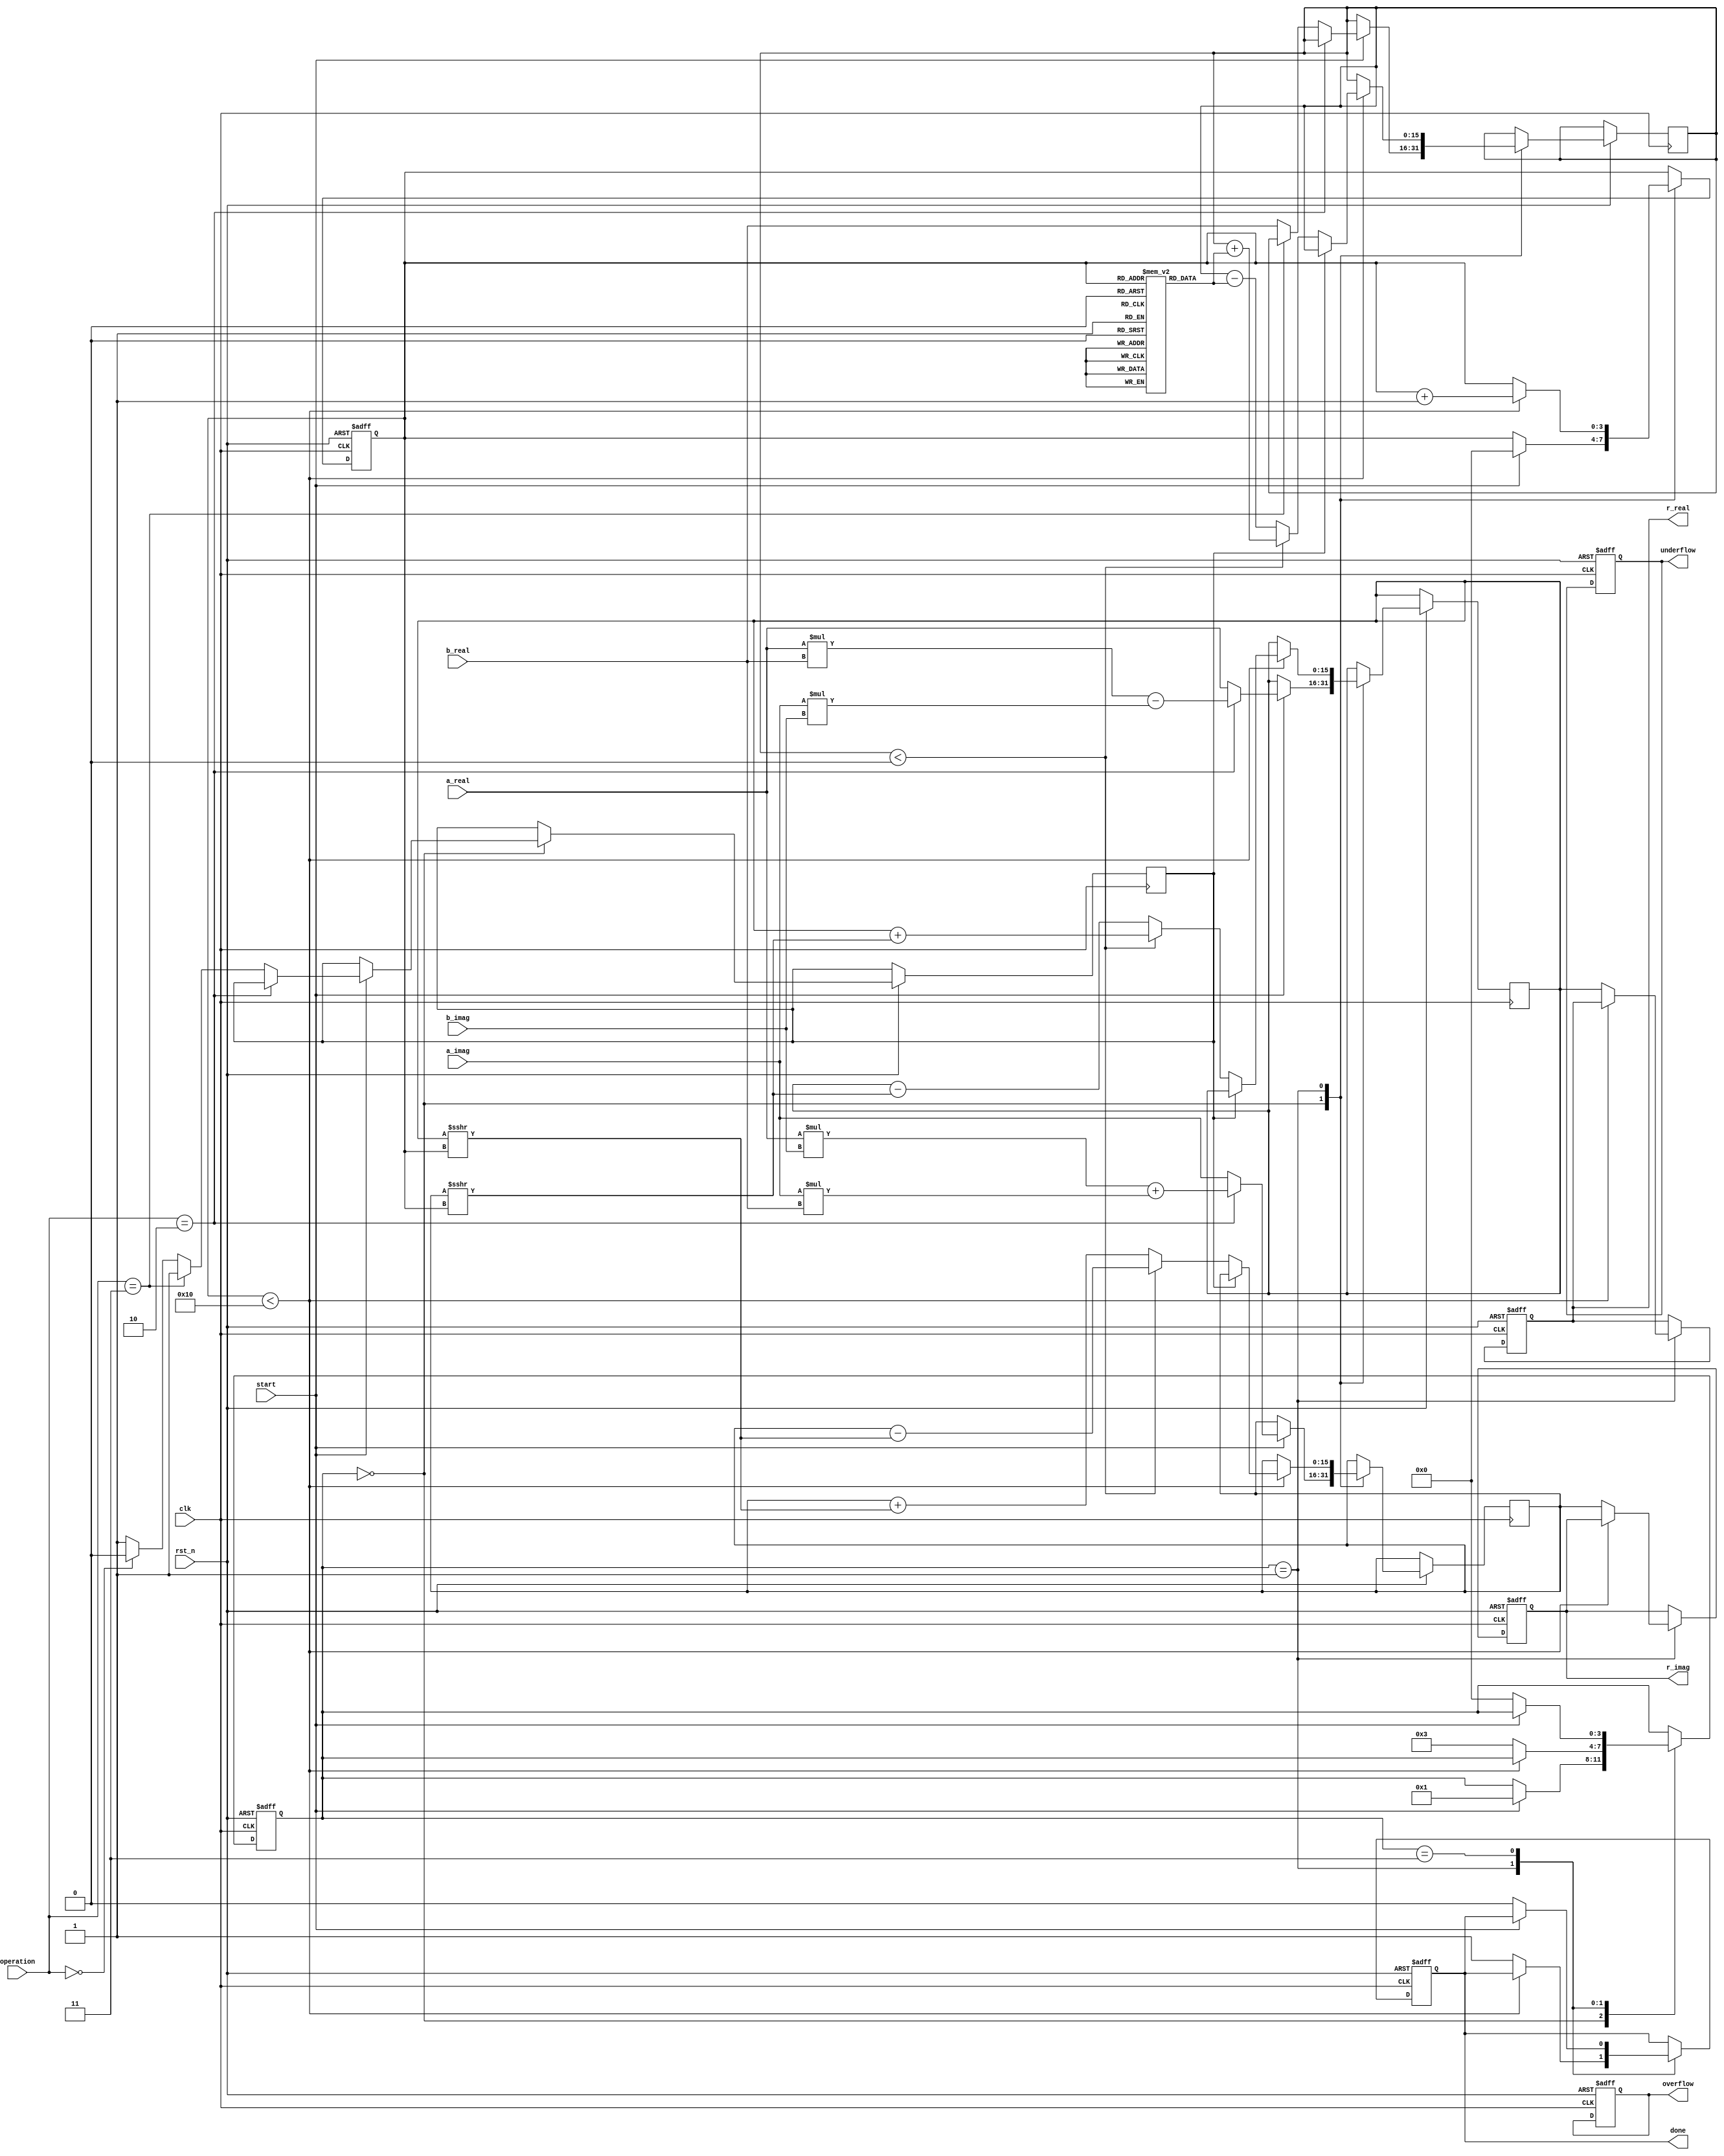
module complex_cordic (
    input clk,
    input rst_n,
    input [15:0] a_real,      // Input A real part
    input [15:0] a_imag,      // Input A imaginary part
    input [15:0] b_real,      // Input B real part
    input [15:0] b_imag,      // Input B imaginary part
    input [1:0] operation,     // 00: Rotation, 01: Vectoring, 10: Multiplication, 11: Division
    input start,
    output reg [15:0] r_real,  // Result real part
    output reg [15:0] r_imag,  // Result imaginary part
    output reg done,
    output reg overflow,
    output reg underflow
);

// CORDIC parameters
parameter NUM_ITERATIONS = 16; // Number of iterations for CORDIC
reg [15:0] x, y, z;            // Registers for computations
reg [15:0] angle[0:NUM_ITERATIONS-1]; // Lookup table for arctan values
reg [3:0] state;               // FSM state
reg [3:0] count;               // Iteration counter
reg mode;                      // Mode control (rotation or vectoring)

// Initialize arctan values (these should be precomputed)
initial begin
    angle[0] = 16'h3243; // atan(1/2^0)
    angle[1] = 16'h1DAC; // atan(1/2^1)
    angle[2] = 16'h0D89; // atan(1/2^2)
    // Continue filling in other values...
end

// FSM states
parameter IDLE = 0, INIT = 1, ITERATE = 2, DONE = 3;

always @(posedge clk or negedge rst_n) begin
    if (!rst_n) begin
        // Reset state
        state <= IDLE;
        r_real <= 0;
        r_imag <= 0;
        done <= 0;
        overflow <= 0;
        underflow <= 0;
        count <= 0;
    end else begin
        case (state)
            IDLE: begin
                if (start) begin
                    // Initialize values based on operation
                    if (operation == 2'b10) begin // Multiplication
                        x <= a_real * b_real - a_imag * b_imag;
                        y <= a_real * b_imag + a_imag * b_real;
                    end else if (operation == 2'b11) begin // Division
                        x <= a_real;
                        y <= a_imag;
                        mode <= 1; // Set to vectoring mode
                    end else begin // Rotation or Vectoring
                        x <= a_real;
                        y <= a_imag;
                        z <= b_real; // Assume b_real is the angle
                        mode <= (operation == 2'b00) ? 0 : 1; // Set mode
                    end
                    count <= 0;
                    state <= INIT;
                end
            end
            
            INIT: begin
                // Initialize iteration
                if (count < NUM_ITERATIONS) begin
                    if (mode == 0) begin // Rotation
                        if (z < 0) begin
                            x <= x + (y >>> count);
                            y <= y - (x >>> count);
                            z <= z + angle[count];
                        end else begin
                            x <= x - (y >>> count);
                            y <= y + (x >>> count);
                            z <= z - angle[count];
                        end
                    end else begin // Vectoring
                        // Vectoring logic (similar to rotation but with magnitude calculation)
                        // Not implemented in this example for brevity
                    end
                    count <= count + 1;
                end else begin
                    // Finished iterations
                    r_real <= x; // Assign result
                    r_imag <= y;
                    done <= 1;
                    state <= DONE;
                end
            end
            
            DONE: begin
                // Wait for the next start signal
                if (!start) begin
                    state <= IDLE;
                    done <= 0;
                end
            end
        endcase
    end
end

endmodule